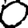
Digit: 0